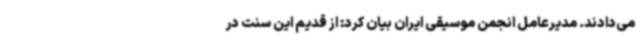
می‌دادند. مدیرعامل انجمن موسیقی ایران بیان کرد: از قدیم این سنت در